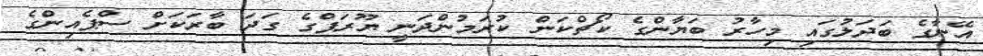
އޭނާގެ ބަދަލުގައި މިހާރު ބަޔާންގެ ކޯޗްކަން ކުރަމުންދަނީ ޔޫރަޕްގެ ގަދަ ބާރަކަށް ސްޕެއިންގެ